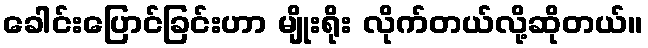
ခေါင်းပြောင်ခြင်းဟာ မျိုးရိုး လိုက်တယ်လို့ဆိုတယ်။